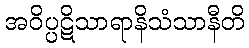
အဝိပ္ပဋိသာရာနိသံသာနီတိ